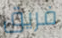
فريق